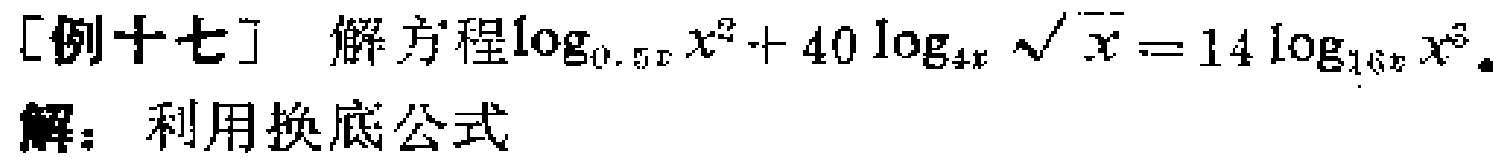
[例十七] 解方程\(\log_{0.5x}x^{2}+40\log_{4x}\sqrt{x}=14\log_{16x}x^{3}\)。
解：利用换底公式